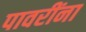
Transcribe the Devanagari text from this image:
पावरींना